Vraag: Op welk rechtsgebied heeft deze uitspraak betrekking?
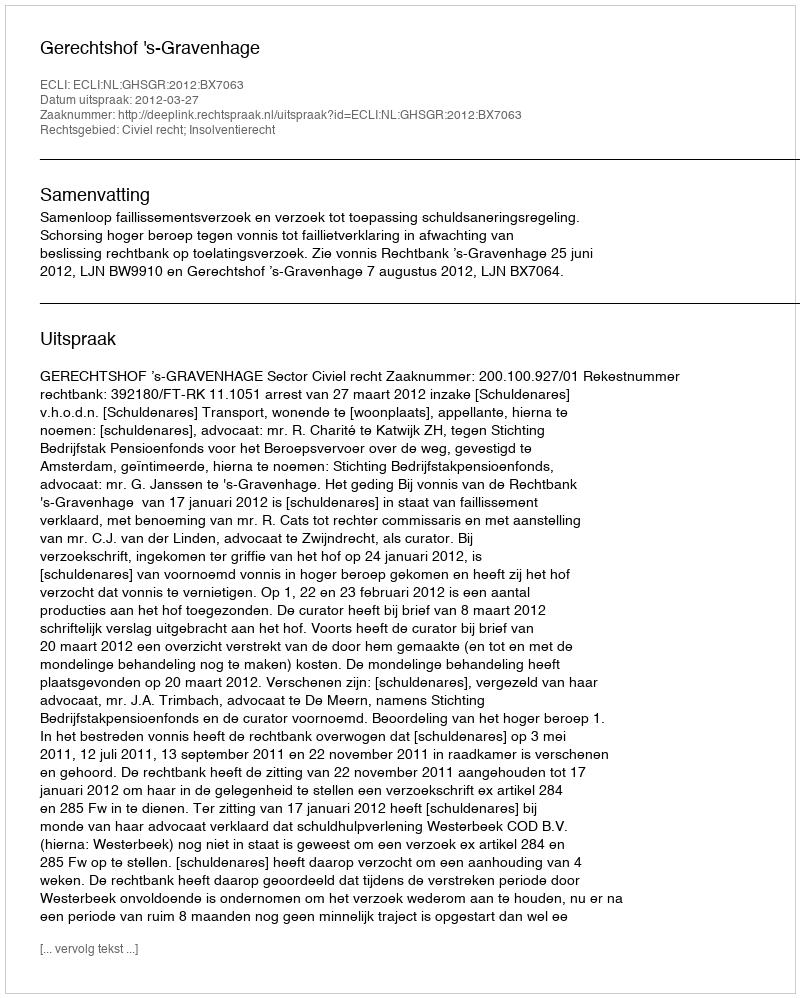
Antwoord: Civiel recht; Insolventierecht